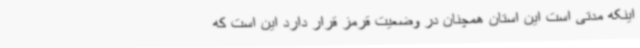
اینکه مدتی است این استان همچنان در وضعیت قرمز قرار دارد این است که